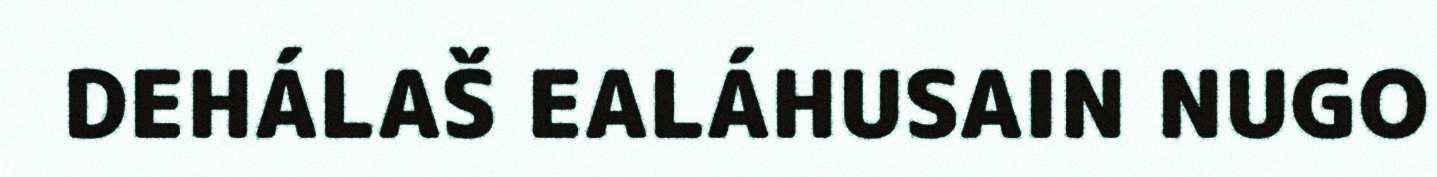
DEHÁLAŠ EALÁHUSAIN NUGO